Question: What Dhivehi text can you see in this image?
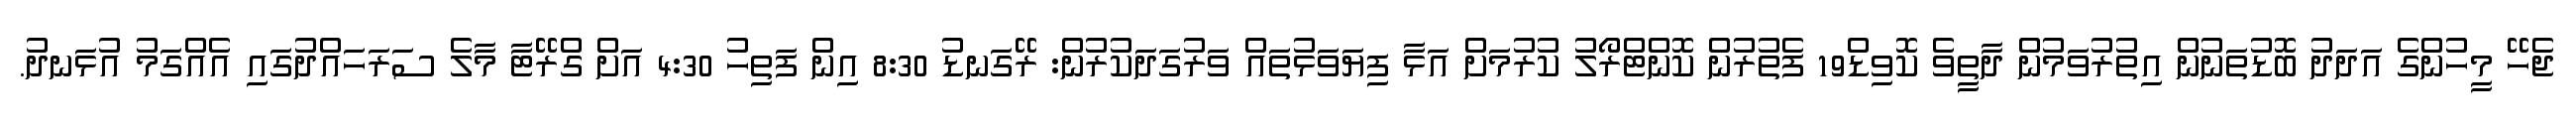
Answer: ޖެހޭ މީހުންގެ އަދަދު ބޮޑުތަނުން އިތުރުވަމުން ދާތީވެ ކޮވިޑް19 ފެތުރުން ކޮންޓްރޯލު ކުރުމަށް އަޅާ ފިޔަވަޅުތައް ވަރުގަދަކުރުން: ރޭގަނޑު 8:30 އިން ފަތިހު 4:30 އަށް ގްރޭޓާ މާލެ ސަރަހައްދުގައި އެއްގަމު އުޅަނދު.